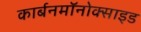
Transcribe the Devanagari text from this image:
कार्बनमॉनोक्साइड